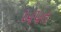
ખપત